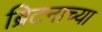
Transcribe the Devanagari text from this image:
ब्रिटनाच्या